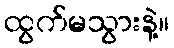
ထွက်မသွားနဲ့။